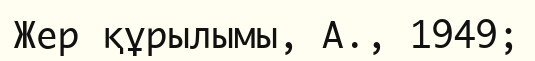
Жер құрылымы, А., 1949;